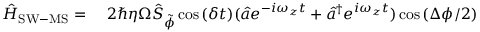
\begin{array} { r l } { \hat { H } _ { \mathrm { S W - M S } } = \ } & { { } 2 \hbar \eta \Omega \hat { S } _ { \tilde { \phi } } \cos { ( \delta t ) } ( \hat { a } e ^ { - i \omega _ { z } t } + \hat { a } ^ { \dagger } e ^ { i \omega _ { z } t } ) \cos { \left( \Delta \phi / 2 \right) } } \end{array}